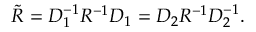
\tilde { R } = D _ { 1 } ^ { - 1 } R ^ { - 1 } D _ { 1 } = D _ { 2 } R ^ { - 1 } D _ { 2 } ^ { - 1 } .